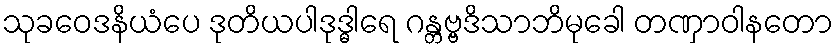
သုခဝေဒနိယံပေ ဒုတိယပါဒုဒ္ဓါရေ ဂန္တဗ္ဗဒိသာဘိမုခေါ တဏှာဝါနတော